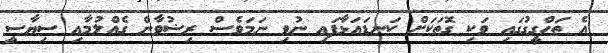
އެ ތަހްގީގުގައި ވަކި ގޮތަކަށް ކަނޑައަޅާފައި ނުވި ނަމަވެސް ރިޟުވާން ގެއްލުމާއި ސިޔާސީ